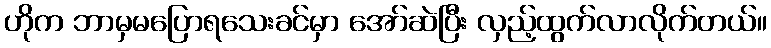
ဟိုက ဘာမှမပြောရသေးခင်မှာ အော်ဆဲပြီး လှည့်ထွက်လာလိုက်တယ်။